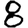
Digit: 8